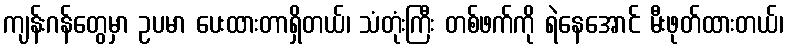
ကျန်းဂန်တွေမှာ ဥပမာ ပေးထားတာရှိတယ်၊ သံတုံးကြီး တစ်ဖက်ကို ရဲနေအောင် မီးဖုတ်ထားတယ်၊